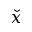
\check { x }